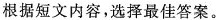
根据短文内容,选择最佳答案.